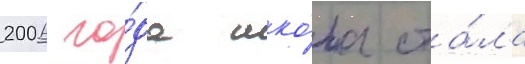
2006 го́да шко́ла ста́ла